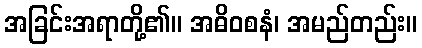
အခြင်းအရာတို့၏။ အဓိဝစနံ၊ အမည်တည်း။